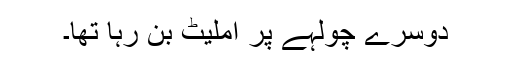
دوسرے چولہے پر آملیٹ بن رہا تھا۔